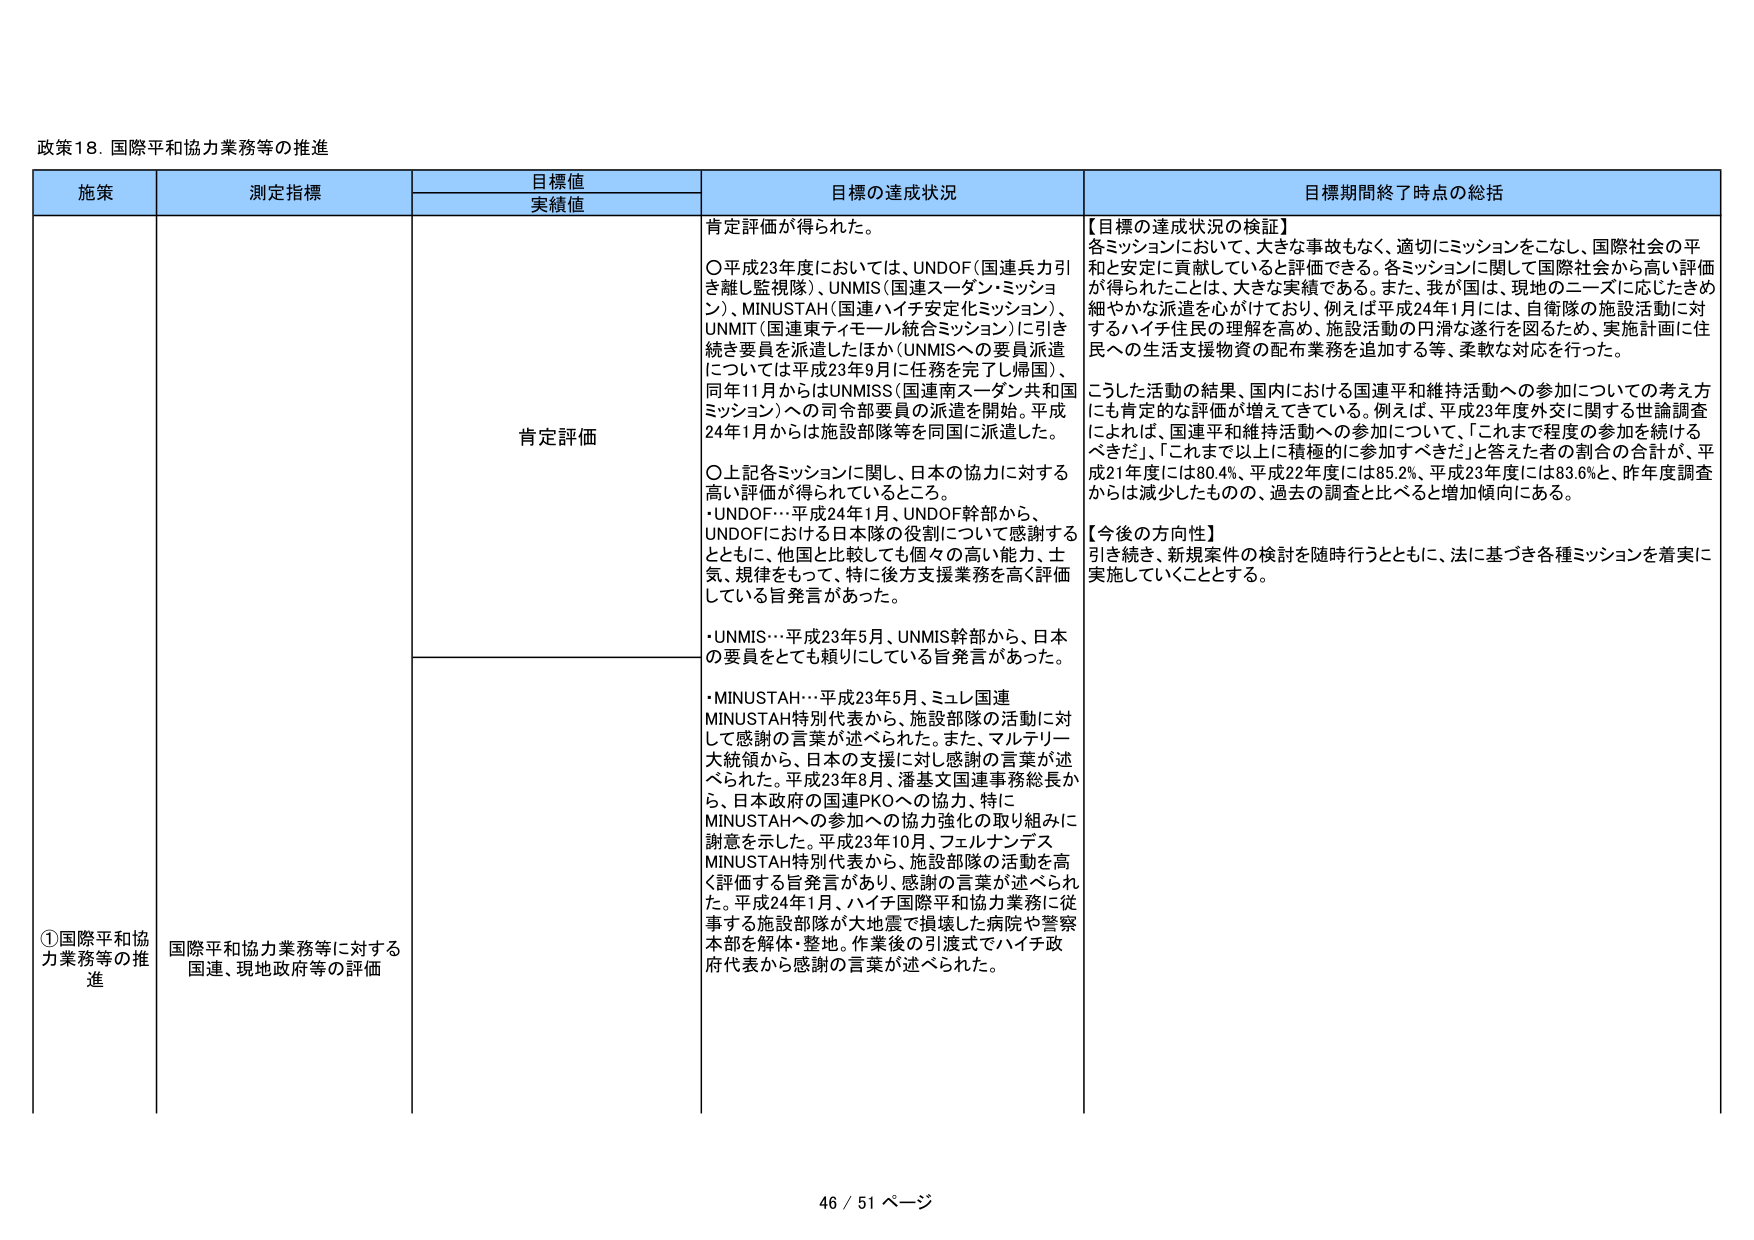
政策18. 国際平和協力業務等の推進

施策　　　　　　　測定指標　　　　　　　目標値　　　　　　　目標の達成状況　　　　　　　目標期間終了時点の総括
　　　　　　　　　　　　　　　　　　実績値

①国際平和協力業務等の推進　　国際平和協力業務等に対する　　肯定評価　　　　　肯定評価が得られた。
　　　　　　　　　　　　　　　　国連、現地政府等の評価

　　　　　　　　　　　　　　　　　　　　　　　　　　　　　　○平成23年度においては、UNDOF（国連兵力引き離し監視隊）、UNMIS（国連スーダン・ミッション）、MINUSTAH（国連ハイチ安定化ミッション）、UNMIT（国連東ティモール統合ミッション）に引き続き要員を派遣したほか（UNMISへの要員派遣については平成23年9月に任務を完了し帰国）、同年11月からはUNMISS（国連南スーダン共和国ミッション）への司令部要員の派遣を開始。平成24年1月からは施設部隊等を同国に派遣した。

　　　　　　　　　　　　　　　　　　　　　　　　　　　　　　○上記各ミッションに関し、日本の協力に対する高い評価が得られているところ。
・UNDOF…平成24年1月、UNDOF幹部から、UNDOFにおける日本隊の役割について感謝するとともに、他国と比較しても個々の高い能力、士気、規律をもって、特に後方支援業務を高く評価している旨発言があった。
・UNMIS…平成23年5月、UNMIS幹部から、日本の要員をとても頼りにしている旨発言があった。

　　　　　　　　　　　　　　　　　　　　　　　　　　　　　　・MINUSTAH…平成23年5月、ミュレ国連MINUSTAH特別代表から、施設部隊の活動に対して感謝の言葉が述べられた。また、マルティーラ大統領から、日本の支援に対し感謝の言葉が述べられた。平成23年8月、潘基文国連事務総長から、日本政府の国連PKOへの協力、特にMINUSTAHへの参加への協力強化の取り組みに謝意を示した。平成23年10月、フェルナンデスMINUSTAH特別代表から、施設部隊の活動を高く評価する旨発言があり、感謝の言葉が述べられた。平成24年1月、ハイチ国際平和協力業務に従事する施設部隊が大地震で損壊した病院や警察本部を解体・整地。作業後の引渡式でハイチ政府代表から感謝の言葉が述べられた。

【目標の達成状況の検証】
各ミッションにおいて、大きな事故もなく、適切にミッションをこなし、国際社会の平和と安定に貢献していると評価できる。各ミッションに関して国際社会から高い評価が得られたことは、大きな実績である。また、我が国は、現地のニーズに応じたきめ細やかな派遣を心がけており、例えば平成24年1月には、自衛隊の施設活動に対するハイチ住民の理解を高め、施設活動の円滑な遂行を図るため、実施計画に住民への生活支援物資の配布業務を追加する等、柔軟な対応を行った。

こうした活動の結果、国内における国連平和維持活動への参加についての考え方にも肯定的な評価が増えてきている。例えば、平成23年度外交に関する世論調査によれば、国連平和維持活動への参加について、「これまで程度の参加を続けるべきだ」、「これまで以上に積極的に参加すべきだ」と答えた者の割合の合計が、平成21年度には80.4%、平成22年度には85.2%、平成23年度には83.6%と、昨年度調査からは減少したものの、過去の調査と比べると増加傾向にある。

【今後の方針性】
引き続き、新規案件の検討を随時行うとともに、法に基づき各種ミッションを着実に実施していくこととする。

46 / 51 ページ